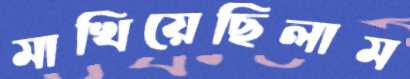
মাখিয়েছিলাম